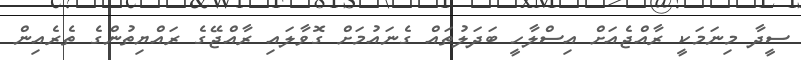
ސީދާ މިނަމަކީ ރާއްޖެއަށް އިސްލާހީ ބަދަލުތައް ގެނައުމަށް ގޮވާލައި ރާއްޖޭގެ ރައްޔިތުންގެ ތެރެއިން